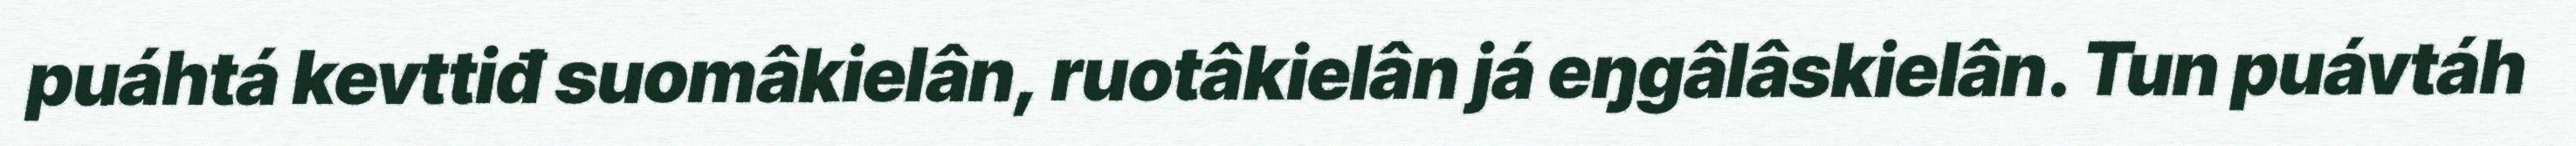
puáhtá kevttiđ suomâkielân, ruotâkielân já eŋgâlâskielân. Tun puávtáh